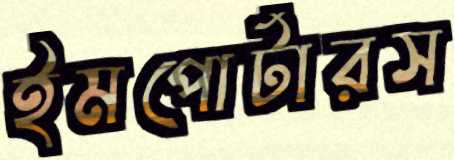
ইমপোর্টারস